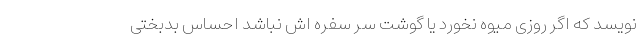
نویسد که اگر روزی میوه نخورد یا گوشت سر سفره اش نباشد احساس بدبختی